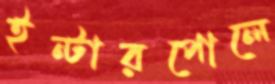
ইন্টারপোলে